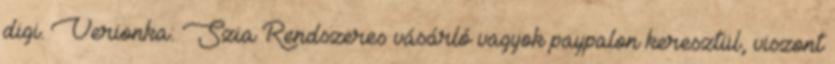
digi. Verionka: Szia Rendszeres vásárló vagyok paypalon keresztül, viszont